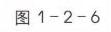
图1 - 2 - 6